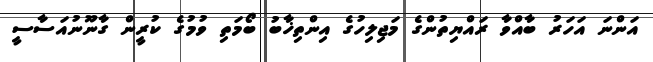
އަންނަ އަހަރު ބާއްވާ ރައްޔިތުންގެ މަޖިލިހުގެ އިންތިޚާބު ބޯމަތި ވުމުގެ ކުރީން ގާނޫނުއަސާސީ